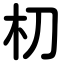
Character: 朷